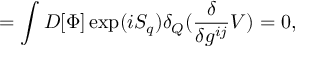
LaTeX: = \int D [ \Phi ] \exp ( i S _ { q } ) \delta _ { Q } ( \frac { \delta } { \delta g ^ { i j } } V ) = 0 ,